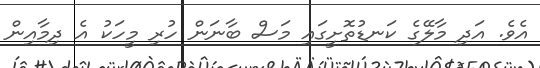
އެވެ. އަދި މާލޭގެ ކަނޑުތޮށީގައި މަސް ބާނަން ހުރި މީހަކު އެ ދިމާއިން